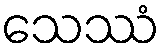
သေဿံ